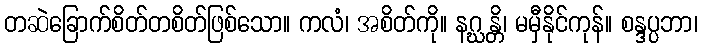
တဆဲခြောက်စိတ်တစိတ်ဖြစ်သော။ ကလံ၊ အစိတ်ကို။ နဂ္ဃန္တိ၊ မမှီနိုင်ကုန်။ စန္ဒပ္ပဘာ၊